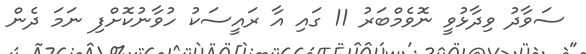
ސަވާދު ވިދާޅުވީ ނޮވެމްބަރު 11 ގައި އާ ރައީސަކު ހުވާނުކޮށްފި ނަމަ ދެން